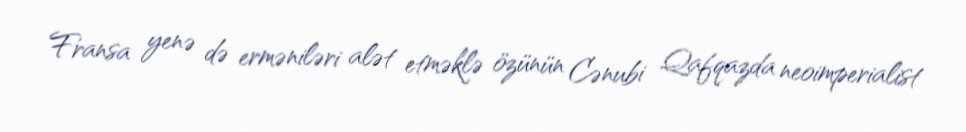
Fransa yenə də erməniləri alət etməklə özünün Cənubi Qafqazda neoimperialist